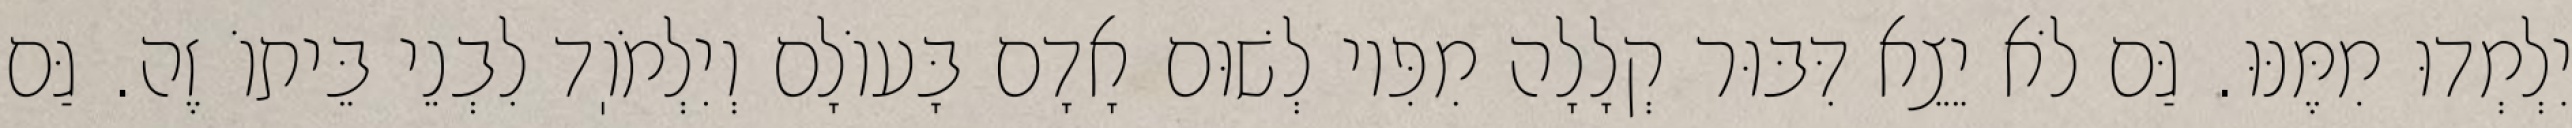
יִלְמְדוּ מִמֶּנּוּ. גַּם לֹא יֵצֵא דִּבּוּר קְלָלָה מִפִּיו לְשׁוּם אָדָם בָּעוֹלָם וְיִלְמֹוֽד לִבְנֵי בֵּיתוֹ זֶה. גַּם